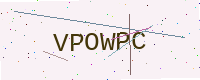
Text: VPOWPC